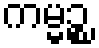
ကမ္မဉ္စ